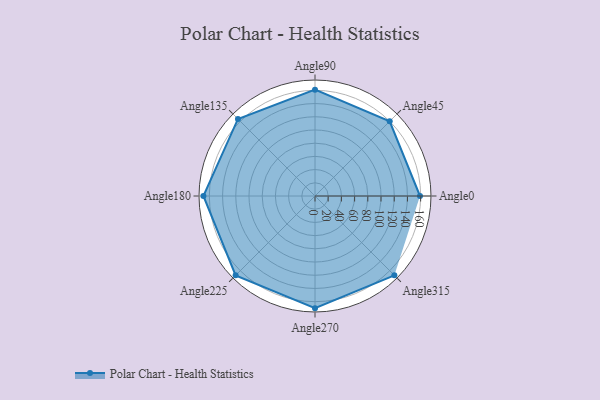
{"axis": {"x": "Angle", "y": "Radius"}, "legend": [""], "data": [{"x": "Angle0", "y": 159.0, "type": ""}, {"x": "Angle45", "y": 160.0, "type": ""}, {"x": "Angle90", "y": 161.0, "type": ""}, {"x": "Angle135", "y": 165.0, "type": ""}, {"x": "Angle180", "y": 169.0, "type": ""}, {"x": "Angle225", "y": 170, "type": ""}, {"x": "Angle270", "y": 170, "type": ""}, {"x": "Angle315", "y": 170, "type": ""}]}